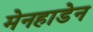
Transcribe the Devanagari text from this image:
मेनहाडेन